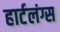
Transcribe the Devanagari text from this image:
हार्टलंग्स